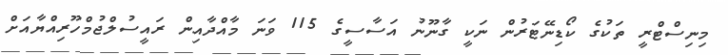
މިނިސްޓްރީ ތަކުގެ ކޯޑިނޭޓަރުން ނަކީ ގާނޫނު އަސާސީގެ 115 ވަނަ މާއްދާއިން ރައީސުލްޖުމްހޫރިއްޔާއަށް